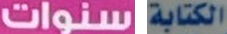
سنوات الكتابة